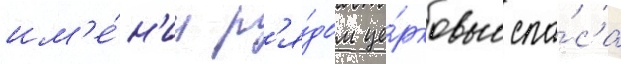
им'е́н'ии р'я́дом це́рковью спа́са